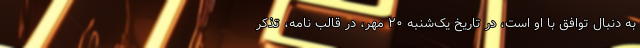
به دنبال توافق با او است، در تاریخ یک‌شنبه ۲۰ مهر، در قالب نامه، تذکر